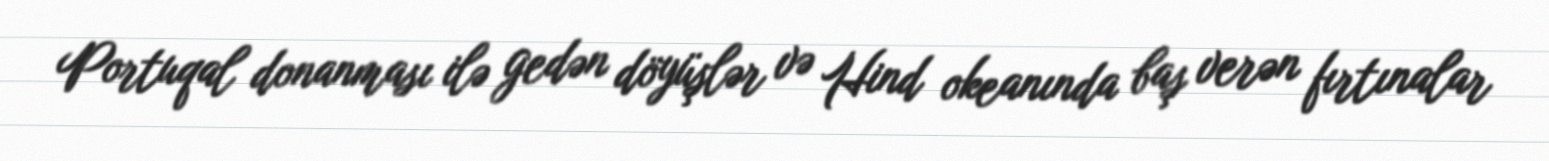
Portuqal donanması ilə gedən döyüşlər və Hind okeanında baş verən fırtınalar